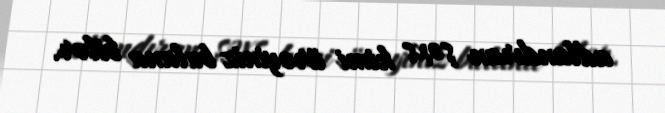
adlandıran şəxs kimi ürəyiniz bulana bilər.